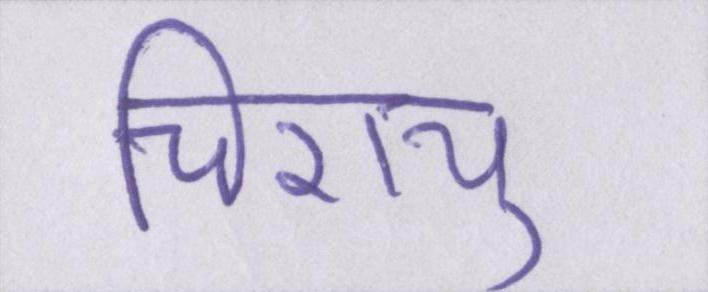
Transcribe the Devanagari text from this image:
चिरायु